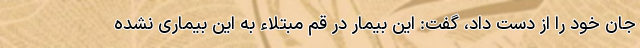
جان خود را از دست داد، گفت: این بیمار در قم مبتلاء به این بیماری نشده